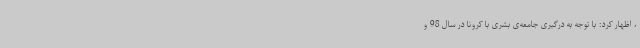
، اظهار کرد: با توجه به درگیری جامعه‌ی بشری با کرونا در سال 98 و